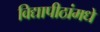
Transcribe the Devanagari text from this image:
विद्यापीठांमधे